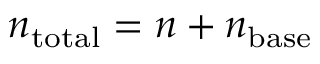
n _ { \mathrm { t o t a l } } = n + n _ { \mathrm { b a s e } }